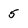
Character: 5